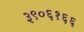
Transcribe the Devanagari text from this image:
३९०६१६६